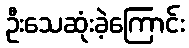
ဦးသေဆုံးခဲ့ကြောင်း